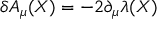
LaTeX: \delta A _ { \mu } ( X ) = - 2 \partial _ { \mu } \lambda ( X )